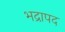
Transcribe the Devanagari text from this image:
भद्रापद